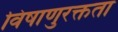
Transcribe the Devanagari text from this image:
विषाणुरक्तता